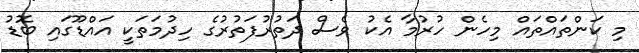
މި ކަންތައްތައް މިހެން ހުރުމާ އެކު ވެސް ދަތުރުފަތުރުގެ ހިދުމަތަކީ އައްޑޫގައި ބޮޑު